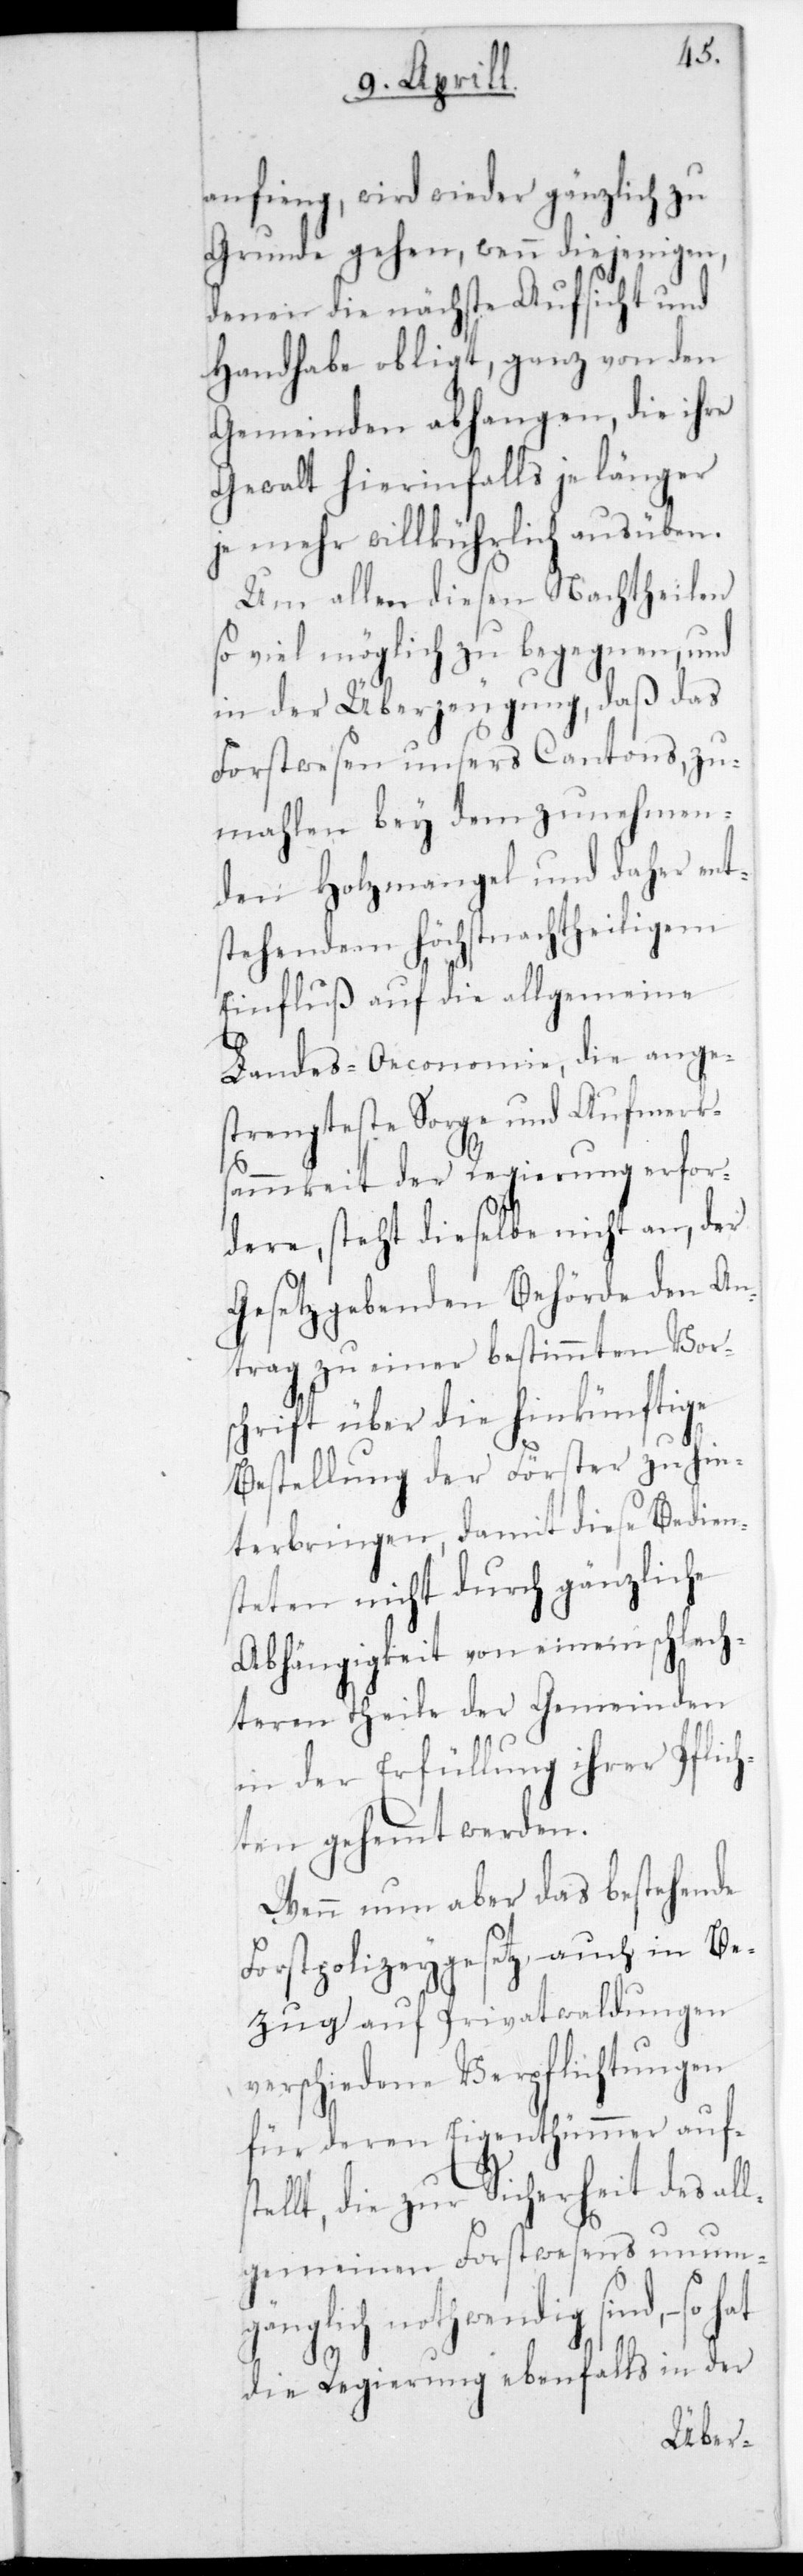
anfing, wird wieder gänzlich zu
Grunde gehen, wenn diejenigen,
denen die nächst Aufsicht und
Handhabe obliegt, ganz von den
Gemeinden abhangen, die ihre
Gewalt hierinfalls je länger
je mehr willkürlich ausüben.
Um allen diesen Nachtheilen
so viel möglich zu begegnen, und
in der Überzeugung, daß das
Forstwesen unsers Cantons, zu¬
mahlen bey dem zunehmen¬
den Holzmangel und daher ent¬
stehendem Höchst nachtheiligem
Einfluß auf die allgemeine
Landes-Oeconomie, die ange¬
strengteste Sorge und Aufmerks¬
ammkeit der Regierung erfor¬
dere, steht dieselbe nicht an, der
gesetzgebenden Behörde den An¬
trag zu einer bestimmten Vors¬
chrift über die hinkünftige
Bestellung der Förster zu hin¬
terbringen, damit diese Bedien¬
steten nicht durch gänzliche
Abhängigkeit von einem schlech¬
teren Theile der Gemeinden
in der Erfüllung ihrer Pflic¬
hten gehemmt werden.
Wenn nun aber das bestehende
Forstpolizeygesetz, auch in Be¬
zug auf Privatwaldungen
verschiedene Verpflichtungen
für deren Eigenthümer aufste¬
llt, die zur Sicherheit des al¬
lgemeinen Forstwesens unumgä¬
nglich nothwendig sind, – so
die Regierung ebenfalls in der